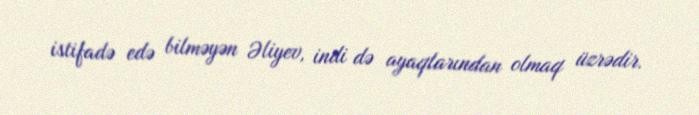
istifadə edə bilməyən Əliyev, indi də ayaqlarından olmaq üzrədir.